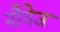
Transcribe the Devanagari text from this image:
नौचेज